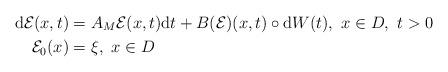
LaTeX: \begin{align*}{\rm d}\mathcal{E}(x,t)&=A_M\mathcal{E}(x,t){\rm d}t+B(\mathcal{E})(x,t)\circ {\rm d}W(t),~x\in D,~t>0\\\mathcal{E}_0(x)&=\xi,~x\in D\end{align*}